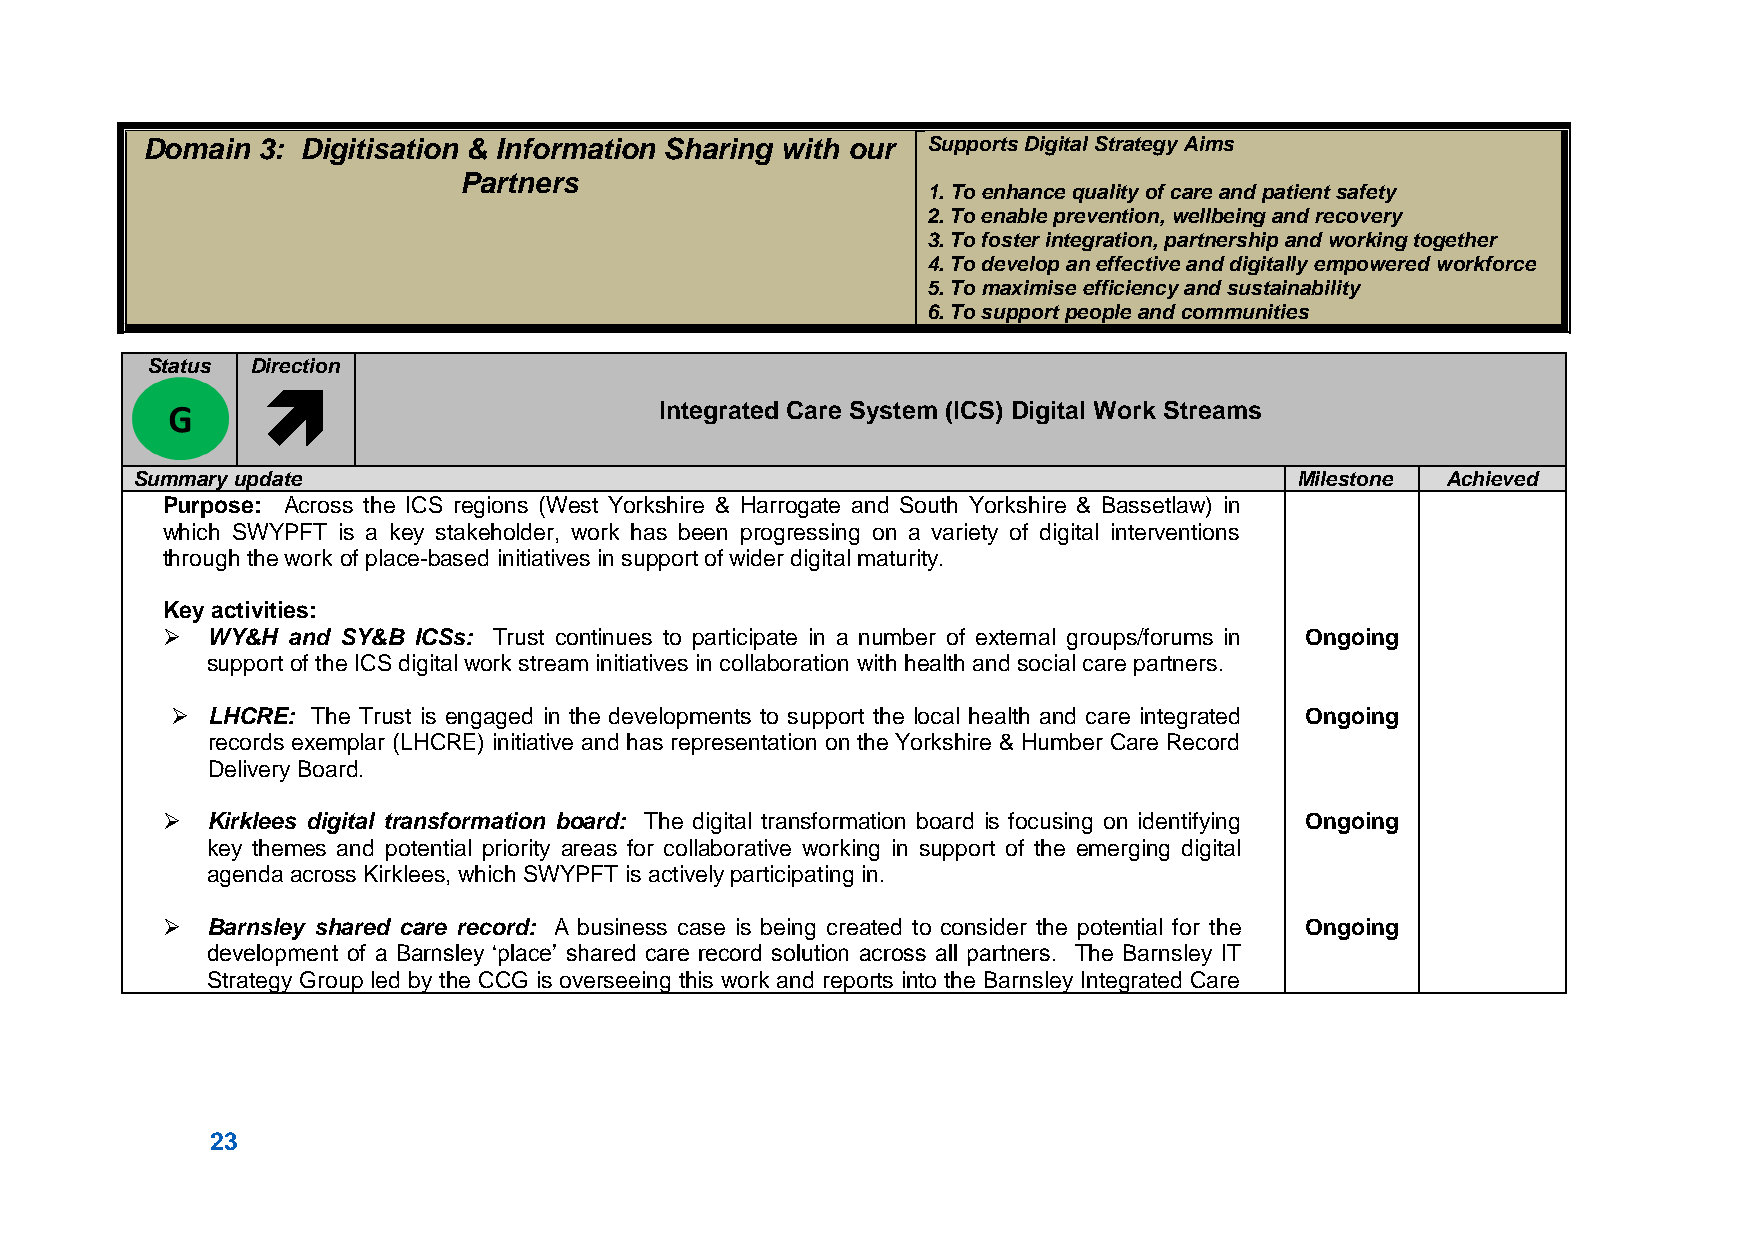
Domain  3: Digitisation & Information Sharing with our Supports Digital Strategy Aims
 Partners
 1. To enhance quality of care and patient safety
 2. To enable prevention, wellbeing and recovery
 3. To foster integration, partnership and working together
 4. To develop an effective and digitally empowered workforce
 5. To maximise efficiency and sustainability
 6. To support people and communities
 Status Direction
 
 Integrated Care System (ICS) Digital Work Streams
 Summary update                                                               Milestone Achieved
 Purpose: Across the ICS regions (West Yorkshire & Harrogate and South Yorkshire & Bassetlaw) in
 which SWYPFT is a key stakeholder, work has been progressing on a variety of digital interventions
 through the work of place-based initiatives in support of wider digital maturity.
 Key activities:
   WY&H and SY&B ICSs: Trust continues to participate in a number of external groups/forums in Ongoing
 support of the ICS digital work stream initiatives in collaboration with health and social care partners.
   LHCRE: The Trust is engaged in the developments to support the local health and care integrated Ongoing
 records exemplar (LHCRE) initiative and has representation on the Yorkshire & Humber Care Record
 Delivery Board.
   Kirklees digital transformation board: The digital transformation board is focusing on identifying Ongoing
 key themes and potential priority areas for collaborative working in support of the emerging digital
 agenda across Kirklees, which SWYPFT is actively participating in.
   Barnsley shared care record: A business case is being created to consider the potential for the Ongoing
 development of a Barnsley ‘place’ shared care record solution across all partners. The Barnsley IT
 Strategy Group led by the CCG is overseeing this work and reports into the Barnsley Integrated Care
 23